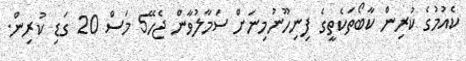
ކެއުމުގެ ކުރިން ކާބޯތަކެތީގެ ފިނިހޫނުމިނަށް ސަމާލުވާން ޖެހޭ5 މަސް 20 ގަޑި ކުރިން.